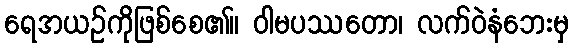
ရေအယဉ်ကိုဖြစ်စေ၏။ ဝါမပဿတော၊ လက်ဝဲနံဘေးမှ